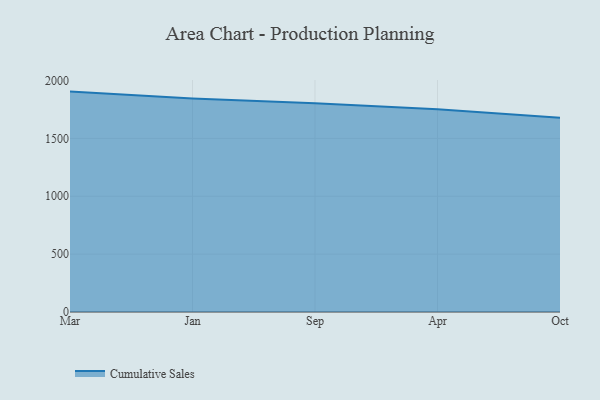
{"axis": {"x": "Month", "y": "Bounce Rate (%)"}, "legend": ["Cumulative Sales"], "data": [{"x": "Mar", "y": 1904.4, "type": "Cumulative Sales"}, {"x": "Jan", "y": 1845.7, "type": "Cumulative Sales"}, {"x": "Sep", "y": 1802.8, "type": "Cumulative Sales"}, {"x": "Apr", "y": 1750.9, "type": "Cumulative Sales"}, {"x": "Oct", "y": 1678.4, "type": "Cumulative Sales"}]}